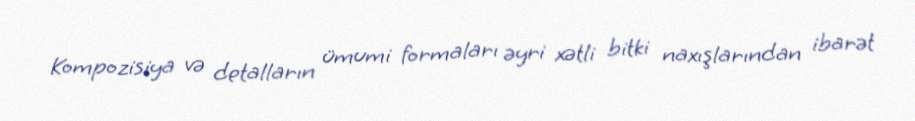
Kompozisiya və detalların ümumi formaları əyri xətli bitki naxışlarından ibarət